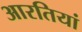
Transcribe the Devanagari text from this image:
आरतियां